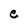
Character: e